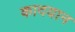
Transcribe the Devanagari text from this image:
कादयान